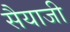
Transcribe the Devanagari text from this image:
सैयाजी